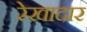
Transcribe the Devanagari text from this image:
रेखादार